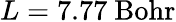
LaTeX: L=7.77~\mathrm{Bohr}